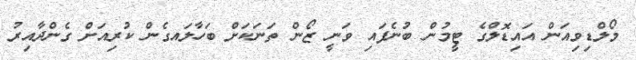
މޯލްޑިވިއަން އައިޑޮލްގެ ޓީމުން ބުނެފައި ވަނީ ޒޯން ތަނަކަށް ބަހާލައގެން ކުރިއަށް ގެންދާއިރު